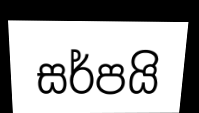
සර්පයි